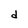
Character: d